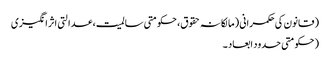
(قانون کی حکمرانی (مالکانہ حقوق، حکومتی سالمیت، عدالتی اثر انگیزی
(حکومتی حدود ابعاد ۔